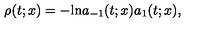
\rho ( t ; x ) = - \mathrm { l n } a _ { - 1 } ( t ; x ) a _ { 1 } ( t ; x ) ,